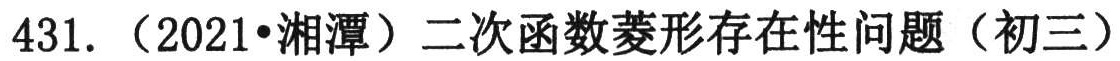
431. （2021•湘潭）二次函数菱形存在性问题（初三）